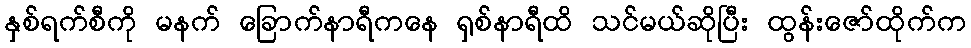
နှစ်ရက်စီကို မနက် ခြောက်နာရီကနေ ရှစ်နာရီထိ သင်မယ်ဆိုပြီး ထွန်းဇော်ထိုက်က